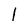
Character: I